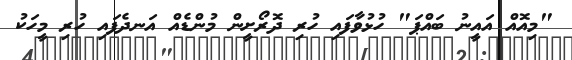
"މިއޮއް އައީނު ބައްޕަ" ހުޅުވާފައި ހުރި ދޮރޯށީން މުންޑެއް އަނދެފައި ހުރި މީހަކު